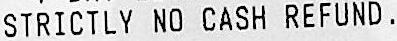
STRICTLY NO CASH REFUND.